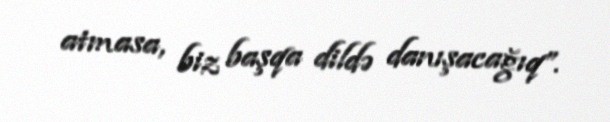
atmasa, biz başqa dildə danışacağıq”.